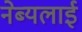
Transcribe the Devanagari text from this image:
नेब्यलाई